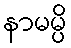
နာမမ္ပိ